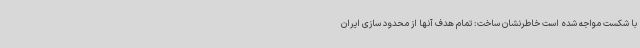
با شکست مواجه شده است خاطرنشان ساخت: تمام هدف آنها از محدود سازی ایران